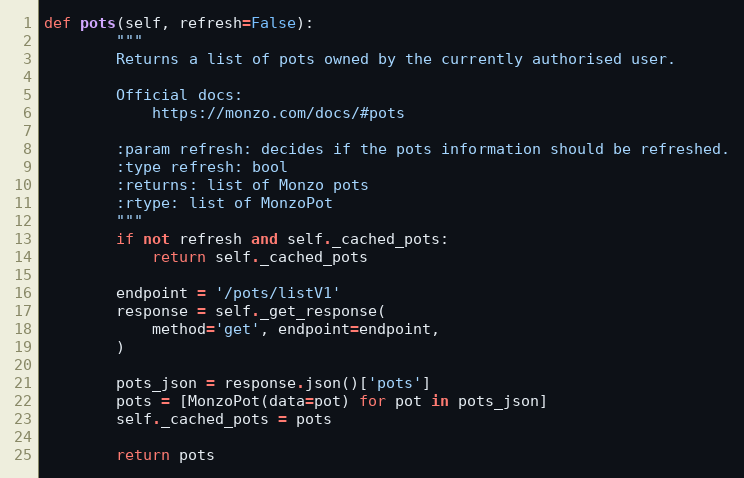
Language: Python
def pots(self, refresh=False):
        """
        Returns a list of pots owned by the currently authorised user.

        Official docs:
            https://monzo.com/docs/#pots

        :param refresh: decides if the pots information should be refreshed.
        :type refresh: bool
        :returns: list of Monzo pots
        :rtype: list of MonzoPot
        """
        if not refresh and self._cached_pots:
            return self._cached_pots

        endpoint = '/pots/listV1'
        response = self._get_response(
            method='get', endpoint=endpoint,
        )

        pots_json = response.json()['pots']
        pots = [MonzoPot(data=pot) for pot in pots_json]
        self._cached_pots = pots

        return pots